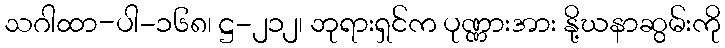
သဂါထာ-ပါ-၁၆၈၊ ဋ္ဌ-၂၁၂၊ ဘုရားရှင်က ပုဏ္ဏားအား နို့ဃနာဆွမ်းကို